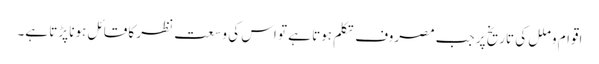
اقوام و ملل کی تاریخ پر جب مصروف تکلم ہوتا ہے تو اس کی وسعت نظر کا قائل ہونا پڑتا ہے۔